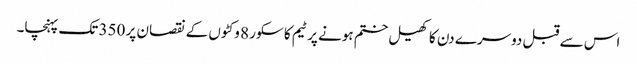
اس سے قبل دوسرے دن کا کھیل ختم ہونے پر ٹیم کا سکور 8 وکٹوں کے نقصان پر 350 تک پہنچا۔